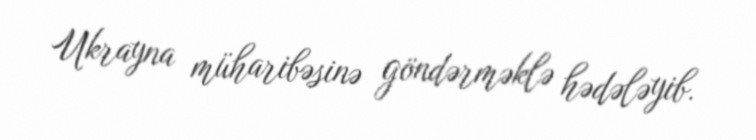
Ukrayna müharibəsinə göndərməklə hədələyib.